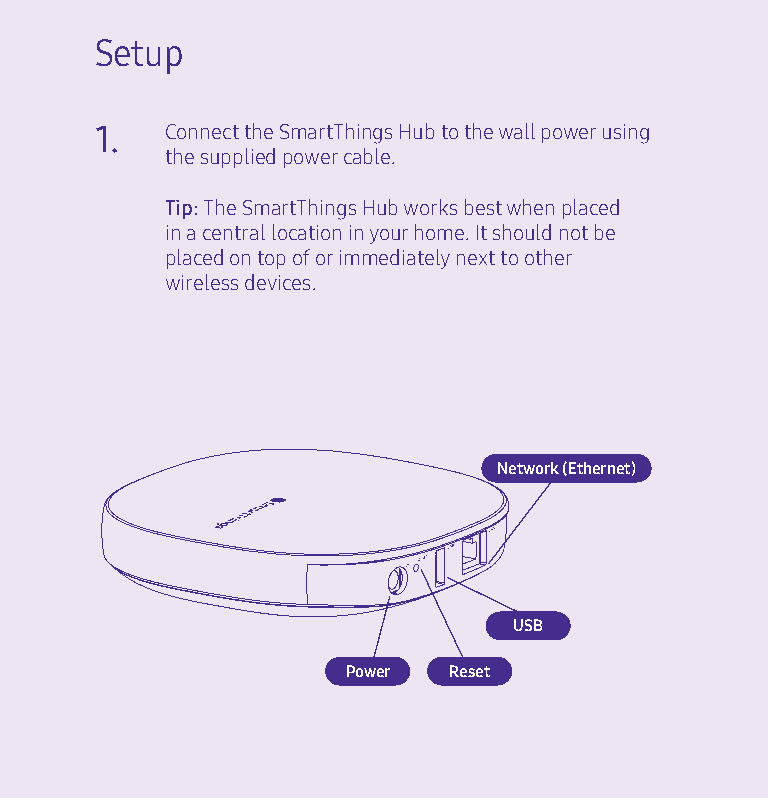
Setup
 1.   Connect the SmartThings Hub to the wall power using
 the supplied power cable.
 Tip: The SmartThings Hub works best when placed
 in a central location in your home. It should not be
 placed on top of or immediately next to other
 wireless devices.
 Network (Ethernet)
 USB
 Power  Reset